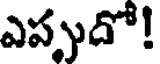
ఎప్పుదో!